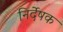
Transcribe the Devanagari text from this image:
निर्देषक